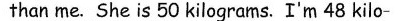
She is 50 kilograms. I'm 48 kilo-